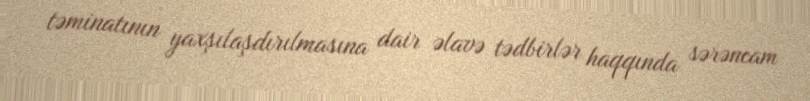
təminatının yaxşılaşdırılmasına dair əlavə tədbirlər haqqında sərəncam